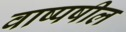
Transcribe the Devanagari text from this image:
वाष्पषील